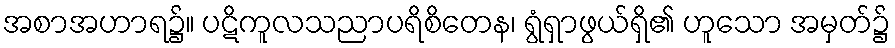
အစာအဟာရ၌။ ပဋိကူလသညာပရိစိတေန၊ ရွံရှာဖွယ်ရှိ၏ ဟူသော အမှတ်၌